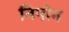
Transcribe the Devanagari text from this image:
निपोन